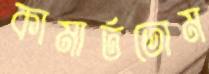
কামার্ততোম